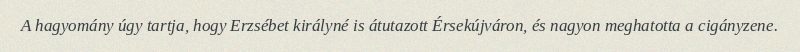
A hagyomány úgy tartja, hogy Erzsébet királyné is átutazott Érsekújváron, és nagyon meghatotta a cigányzene.